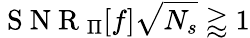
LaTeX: \mathrm{~S~N~R~}_{\Pi}[f]\sqrt{N_{s}}\gtrapprox 1